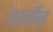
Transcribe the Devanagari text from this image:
आर्बीज़